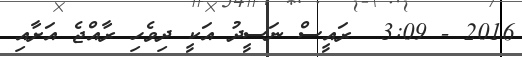
2016 - 3:09  ރައީސް ނަސީދު އަކީ ދިވެހި ރާއްޖެ އަށާއި